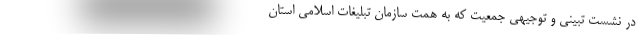
در نشست تبینی و توجیهی جمعیت که به همت سازمان تبلیغات اسلامی استان